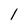
Character: 1